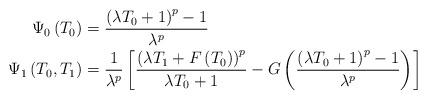
LaTeX: \begin{align*} \Psi_{0}\left(T_{0}\right) &=\frac{\left(\lambda T_{0}+1\right)^{p}-1}{\lambda^{p}}\\\Psi_{1}\left(T_{0}, T_{1}\right) &=\frac{1}{\lambda^{p}}\left[\frac{\left(\lambda T_{1}+F\left(T_{0}\right)\right)^{p}}{\lambda T_{0}+1}-G\left(\frac{\left(\lambda T_{0}+1\right)^{p}-1}{\lambda^{p}}\right)\right]\end{align*}